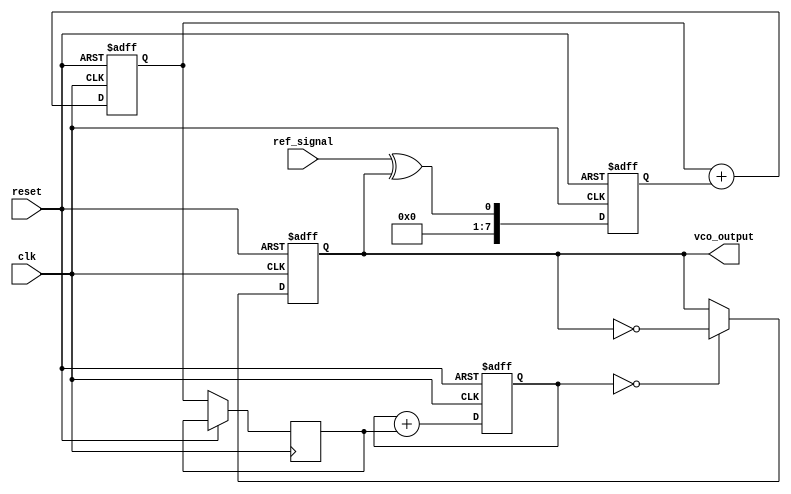
module dpll (
    input wire clk,                // System clock
    input wire reset,              // Reset signal
    input wire ref_signal,         // Reference input signal
    output reg vco_output          // VCO output signal
);

// Parameters
parameter N = 8;                  // Number of bits for phase error
parameter FILTER_ORDER = 4;      // Order of the filter

// Internal signals
reg [N-1:0] phase_error;          // Phase error signal
reg [N-1:0] filter_output;         // Filter output
reg [N-1:0] vco_control;           // Control signal for VCO
reg [N-1:0] memory [0:FILTER_ORDER-1]; // Memory blocks for filter coefficients
reg [N-1:0] vco_counter;           // VCO counter

// Initialize memory coefficients (example values)
initial begin
    memory[0] = 8'h1; // Coefficient for filter
    memory[1] = 8'h2;
    memory[2] = 8'h1;
    memory[3] = 8'h0;
end

// Phase Detector
always @(posedge clk or posedge reset) begin
    if (reset) begin
        phase_error <= 0;
    end else begin
        // Simple phase comparison (for example purposes)
        phase_error <= ref_signal ^ vco_output; // XOR for phase error
    end
end

// Loop Filter (Simple IIR filter implementation)
always @(posedge clk or posedge reset) begin
    if (reset) begin
        filter_output <= 0;
    end else begin
        // Simple filter: output = previous output + phase error
        filter_output <= filter_output + phase_error;
    end
end

// VCO (Voltage-Controlled Oscillator)
always @(posedge clk or posedge reset) begin
    if (reset) begin
        vco_counter <= 0;
        vco_output <= 0;
    end else begin
        // Update VCO counter based on filter output
        vco_control <= filter_output; // Control signal for VCO
        vco_counter <= vco_counter + vco_control; // Update counter
        vco_output <= (vco_counter[N-1:0] == 0) ? ~vco_output : vco_output; // Toggle output
    end
end

endmodule